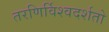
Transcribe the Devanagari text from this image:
तरणिर्विश्वदर्शतो